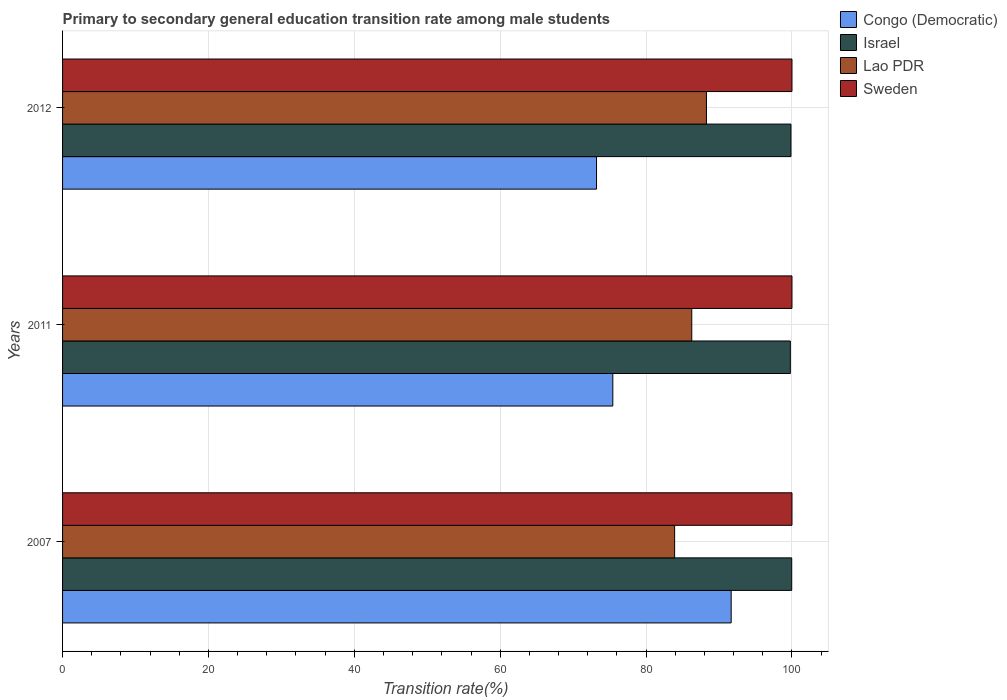
| Years | Congo (Democratic) | Israel | Lao PDR | Sweden |
 | --- | --- | --- | --- | --- |
 | 2007 | 91.7 | 100 | 83.9 | 100 |
 | 2011 | 75.4 | 99.8 | 86.3 | 100 |
 | 2012 | 73.2 | 99.9 | 88.3 | 100 |